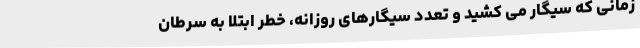
زمانی که سیگار می کشید و تعدد سیگارهای روزانه، خطر ابتلا به سرطان